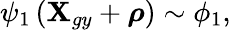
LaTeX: \psi_{1}\left(\textbf{X}_{gy}+\boldsymbol{\rho}\right)\sim\phi_{1},